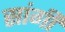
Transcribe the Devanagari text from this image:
सांगी